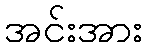
အင်းအား